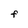
Character: F